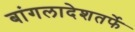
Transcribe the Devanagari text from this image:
बांगलादेशतर्फे